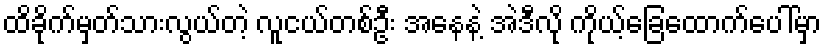
ထိခိုက်မှတ်သားလွယ်တဲ့ လူငယ်တစ်ဦး အနေနဲ့ အဲဒီလို ကိုယ့်ခြေထောက်ပေါ်မှာ